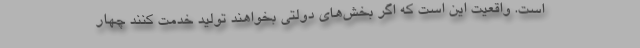
است. واقعیت این است که اگر بخش‌های دولتی بخواهند تولید خدمت کنند چهار